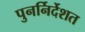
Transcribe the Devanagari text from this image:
पुनर्निर्देशत